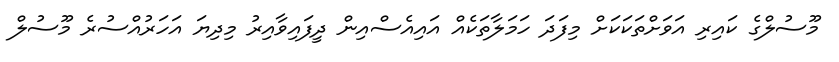
މޫސުލްގެ ކައިރި އަވަށްތަކަކަށް މިފަދަ ހަމަލާތަކެއް އައިއެސްއިން ދީފައިވާއިރު މިދިޔަ އަހަރުއްސުރެ މޫސުލް